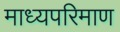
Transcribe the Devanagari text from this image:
माध्यपरिमाण